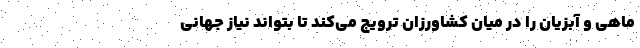
ماهی و آبزیان را در میان کشاورزان ترویج می‌کند تا بتواند نیاز جهانی